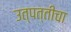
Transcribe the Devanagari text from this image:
उत्पत्तीचा